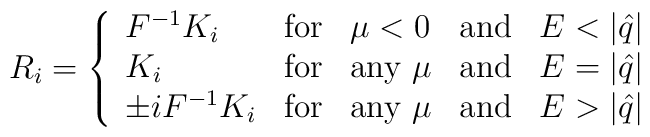
R_{i}=\left\{  \begin{array}{lllll}{ F}^{-1}{ K}_{i}&{\rm for}& \mu<0&{\rm and}&E<|\hat q|\\{ K}_{i}&{\rm for}&{\rm any}~ \mu&{\rm and}&E=|\hat q|\\\pm i{ F}^{-1}{ K}_{i}&{\rm for}&{\rm any}~ \mu &{\rm and}& E>|\hat q|\end{array}\right.